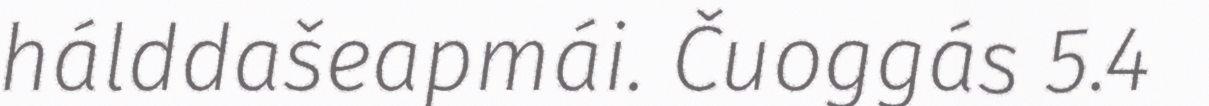
hálddašeapmái. Čuoggás 5.4